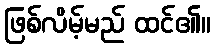
ဖြစ်လိမ့်မည် ထင်၏။